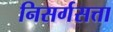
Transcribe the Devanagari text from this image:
निसर्गसत्ता